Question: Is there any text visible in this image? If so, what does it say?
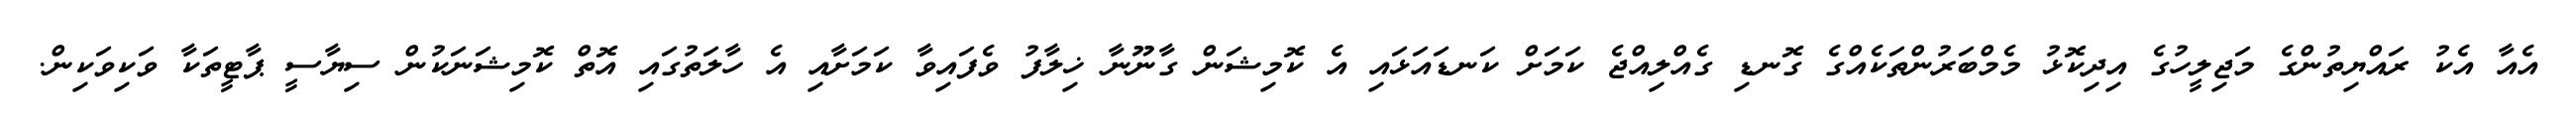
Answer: އެއާ އެކު ރައްޔިތުންގެ މަޖިލީހުގެ އިދިކޮޅު މެމްބަރުންތަކެއްގެ ގޮނޑި ގެއްލިއްޖެ ކަމަށް ކަނޑައަޅައި އެ ކޮމިޝަން ގާނޫނާ ޚިލާފު ވެފައިވާ ކަމަށާއި އެ ހާލަތުގައި އޮތް ކޮމިޝަނަކުން ސިޔާސީ ޕާޓީތަކާ ވަކިވަކިން.